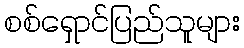
စစ်ရှောင်ပြည်သူများ